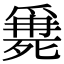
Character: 𣩖